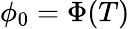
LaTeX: \phi_{0}=\Phi(T)